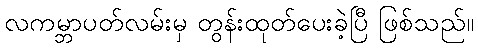
လကမ္ဘာပတ်လမ်းမှ တွန်းထုတ်ပေးခဲ့ပြီ ဖြစ်သည်။